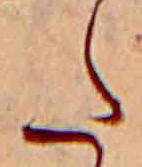
た